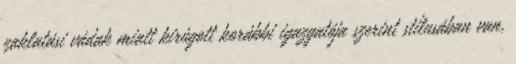
zaklatási vádak miatt kirúgott korábbi igazgatója szerint stílusában van,